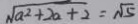
\sqrt { a ^ { 2 } + 2 a + 2 } = \sqrt { 5 }